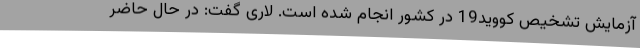
آزمایش تشخیص کووید19 در کشور انجام شده است. لاری گفت: در حال حاضر